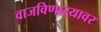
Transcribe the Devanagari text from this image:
वाजविणार्‍यावर